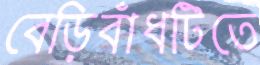
বেড়িবাঁধটিতে